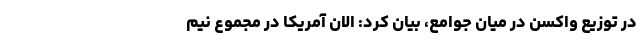
در توزیع واکسن در میان جوامع، بیان کرد: الان آمریکا در مجموع نیم